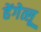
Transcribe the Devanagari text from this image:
हेंगेत्सू